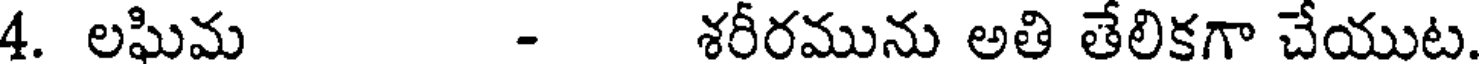
4. లఘిమ - శరీరమును అతి తేలికగా చేయుట.